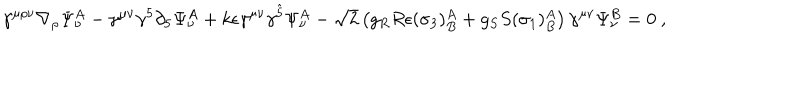
LaTeX: \gamma ^ { \mu \rho \nu } \nabla _ { \rho } \Psi _ { \nu } ^ { A } - \gamma ^ { \mu \nu } \gamma ^ { 5 } \partial _ { 5 } \Psi _ { \nu } ^ { A } + k \epsilon \gamma ^ { \mu \nu } \gamma ^ { \hat { 5 } } \Psi _ { \nu } ^ { A } - \sqrt { 2 } \left( g _ { R } R \epsilon ( \sigma _ { 3 } ) _ { B } ^ { A } + g _ { S } S ( \sigma _ { 1 } ) _ { B } ^ { A } \right) \gamma ^ { \mu \nu } \Psi _ { \nu } ^ { B } = 0 \ ,